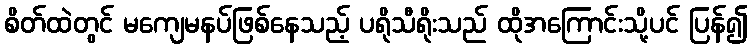
စိတ်ထဲတွင် မကျေမနပ်ဖြစ်နေသည့် ပရိုသီရိုးသည် ထိုအကြောင်းသို့ပင် ပြန်၍